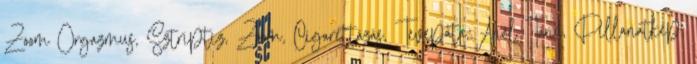
Zoom Orgazmus, Sztriptíz, Zoom, Cigarettázás, Tevepata, Anál Tánc, Pillanatkép,